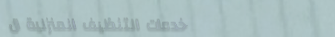
خدمات التنظيف المنزلية ال